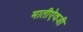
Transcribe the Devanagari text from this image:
मातीऐवजी